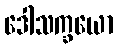
ဒေါသက္ခယော